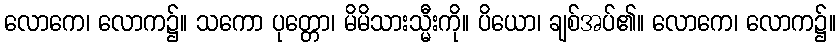
လောကေ၊ လောက၌။ သကော ပုတ္တော၊ မိမိသားသ္မီးကို။ ပိယော၊ ချစ်အပ်၏။ လောကေ၊ လောက၌။